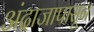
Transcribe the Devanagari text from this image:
अंदाजापासून